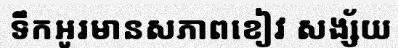
ទឹកអូរមានសភាពខៀវ សង្ស័យ